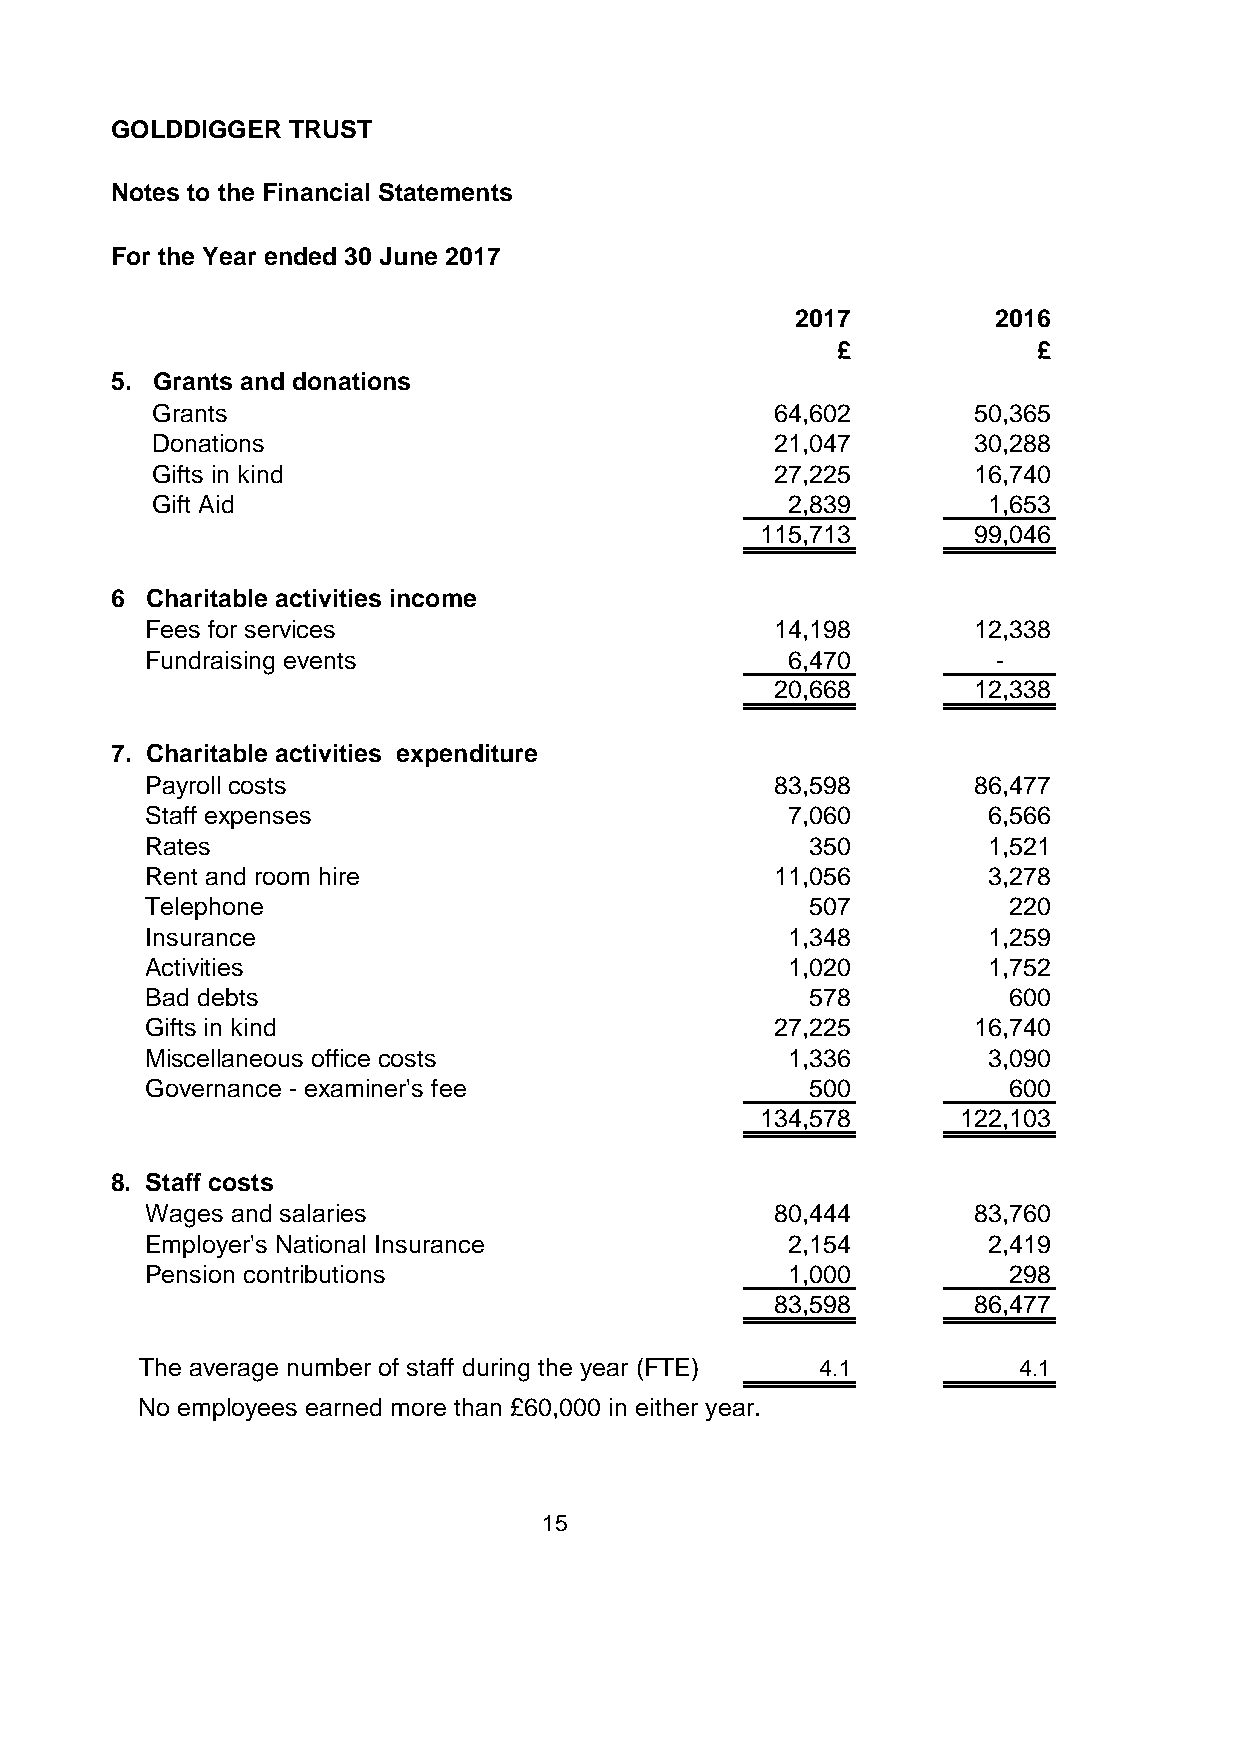
GOLDDIGGER  TRUST
 Notes to the Financial Statements
 For the Year ended 30 June 2017
 2017         2016
 £             £
 5. Grants and donations
 Grants                                   64,602       50,365
 Donations                                21,047       30,288
 Gifts in kind                            27,225       16,740
 Gift Aid                                  2,839        1,653
 115,713       99,046
 6  Charitable activities income
 Fees for services                        14,198       12,338
 Fundraising events                        6,470         -
 20,668       12,338
 7. Charitable activities expenditure
 Payroll costs                            83,598       86,477
 Staff expenses                            7,060        6,566
 Rates                                       350        1,521
 Rent and room hire                       11,056        3,278
 Telephone                                   507          220
 Insurance                                 1,348        1,259
 Activities                                1,020        1,752
 Bad debts                                   578          600
 Gifts in kind                            27,225       16,740
 Miscellaneous office costs                1,336        3,090
 Governance - examiner's fee                 500          600
 134,578       122,103
 8. Staff costs
 Wages and salaries                       80,444       83,760
 Employer's National Insurance             2,154        2,419
 Pension contributions                     1,000          298
 83,598       86,477
 The average number of staff during the year (FTE) 4.1     4.1
 No employees earned more than £60,000 in either year.
 15